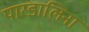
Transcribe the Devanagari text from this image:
पारडालिना